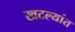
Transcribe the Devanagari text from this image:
खटल्यांत